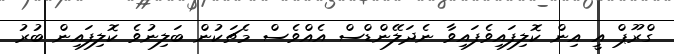
ގްރޫޕް އީ އިން ކޮލިފައިވެފައިވާ ނެދަލޭންޑްސް އެއްވެސް މެޗަކުން ބަލިނުވެ ކޮލިފައިން ބުރު